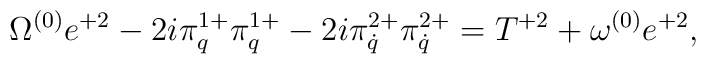
\Omega^{(0)}e^{+2}-2i\pi^{1+}_q\pi^{1+}_q-2i\pi^{2+}_{\dot q}\pi^{2+}_{\dot q}=T^{+2}+\omega^{(0)}e^{+2},